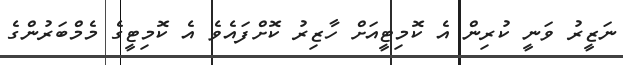
ނަޒީރު ވަނީ ކުރިން އެ ކޮމިޓީއަށް ހާޒިރު ކޮށްފައެވެ އެ ކޮމިޓީގެ މެމްބަރުންގެ